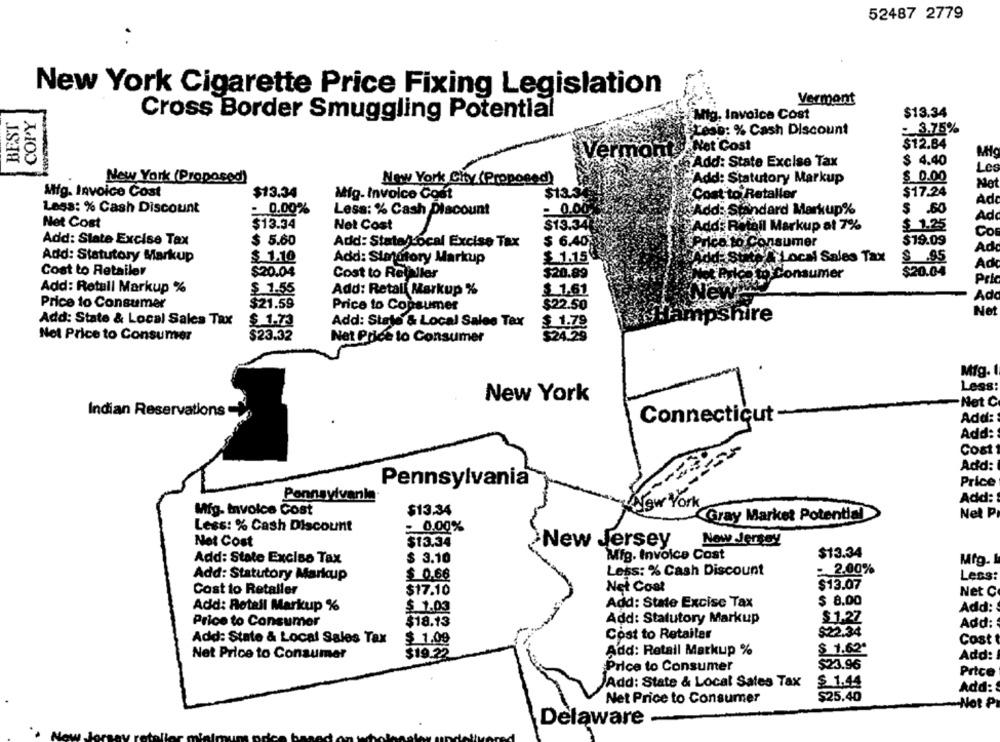
52487 2779
. .
New York Cigarette Price Fixing Legislation
Vermont
BEST
COPY
Cross Border Smuggling Potential
Mig. Invoice Cost
$13.34
Lese: % Cash Discount
- 3.75%
.Net Cost
$12.84
ve
Add: State Excise Tax
$ 4.40
Le
New York (Proposed)
$ 0.00
New York Chy (Proposed)
"Add: Statutory Markup
Not
Mig. Invoice Cost
$13.34
$13.3
$17.24
Mig. Invoice Cost
Cost to Retaller
Ad
Less: % Cash Discount
0.00%
Less: % Cash Discount
= 0.00
Add: Standard Markup%
$ .60
Net Cost
Ad
$13.34
Net Cost
$13.34
Add: Retail Markup at 7%
$ 1.25
Co
Add: State Excise Tax
$ 5.60
Add: State/Local Excise Tax
$ 6.40
$19.09
Price to Consumer
Ad
Add: Statutory Markup
$ 1.10
Add: Simutory Markup
$ 1.15
ALESINA Local Sales Tax
$ .95
Ad
Cost to Retailer
$20.04
$20.89
$20.04
Cost to Retaller
Bilce to Consumer
Pric
Add: Retall Markup %
$ 1.55
Add: Retali Markup %
$ 1.61
Ad
Price to Consumer
$21.59
$22.50
Price to Copsumer
Net
npshire
Add: State & Local Sales Tax
$ 1.73
Add: State & Local Sales Tax
$ 1.79
Nel Price to Consumer
$23.32
Net Price to Consumer
$24.25
Mig. 1
Less:
New York
Net C
Indian Reservations
Connecticut
Add:
Add:
Cost
Add:
Pennsylvania
Price
Pennsylvania
Add:
KNew York
Mig. Invoice Cost
$13.34
Gray Market Potential
Net P
- 0.00%
Less: % Cash Discount
$13.34
New Jersey
Net Cost
New Jersey
Mig. Invoice Cost
$13.34
Add: State Excise Tax
$ 3.10
Mfg.L
Less: % Cash Discount
: 2,00%
Add: Statutory Mariaup
$ 0.66
Less:
Net Cost
$13.07
Cost to Retailer
$17.10
Net C
$ 8.00
Add: Rotall Markup %
$ 1.03
Add: State Excise Tax
Add:
Price to Consumer
$18.13
Add: Statutory Markup
$ 1.27
Add:
$ 1.09
Cost to Retailer
$22.34
Add: State & Local Sales Tax
Cost
Add: Retail Markup %
$ 1.62*
Net Price to Consumer
$19.22
Add:
Price to Consumer
$23.96
Price
Add: State & Local Sales Tax
$ 1.44
Add:
$25.40
Net Price to Consumer
Not P
Delaware